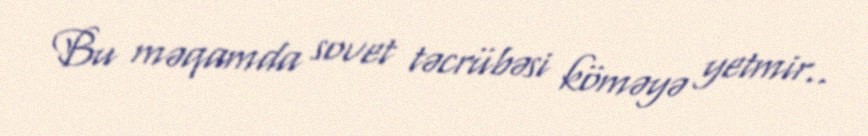
Bu məqamda sovet təcrübəsi köməyə yetmir..